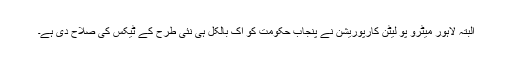
البتہ لاہور میٹرو پو لیٹن کارپوریشن نے پنجاب حکومت کو اک بالکل ہی نئی طرح کے ٹیکس کی صلاح دی ہے۔